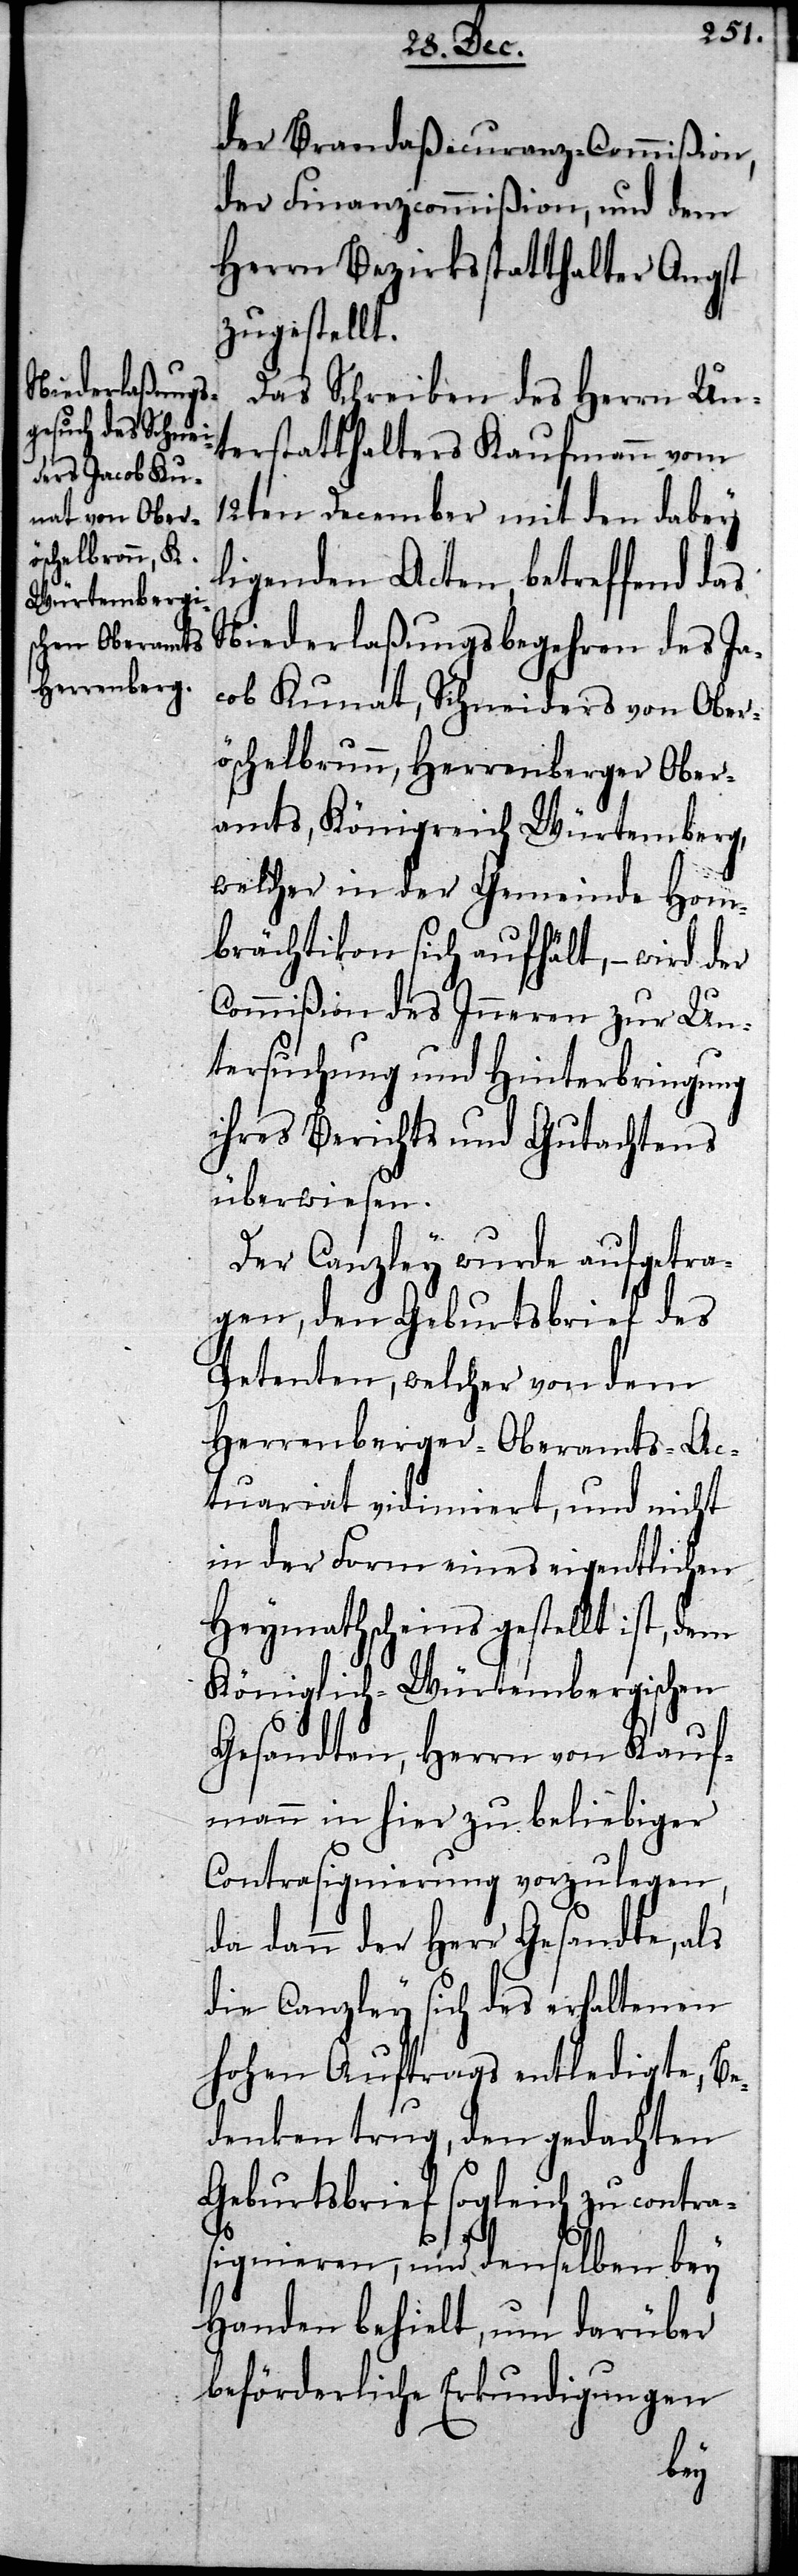
öschelbrunn
Herrenberger

der Brandaßecuranz-Commißion,
der Finanzcommißion, und dem
Herrn Bezirksstatthalter Angst
zugestellt.
Das Schreiben des Herrn Un¬
terstatthalters Kaufmann vom
12ten December mit den dabey
ligenden Acten, betreffend das
Niederlaßungsbegehren des Ja¬
cob Kunat, Schneiders von Ober¬
ramts, Königreich Würtemberg,
welcher in der Gemeinde Hom¬
brächtikon sich aufhält, – wird der
Commißion des Inneren zur Un¬
tersuchung und Hinterbringung
ihres Berichts und Gutachtens
überwiesen.
Der Canzley wurde aufgetra¬
gen, den Geburtsbrief des
Petenten, welcher von dem
Herrenberger Oberamts-Ac¬
tuariat vidimiert, und nicht
in der Form eines eigentlichen
Heymathscheins gestellt ist, dem
Königlich-Würtembergischen
Gesandten, Herrn von Kauf¬
mann in hier, zu beliebiger
Contrasignierung vorzulegen,
da dann der Herr Gesandte, als
die Canzley sich des erhaltenen
hohen Auftrags entledigte, Be¬
denken trug, den gedachten
Geburtsbrief sogleich zu contr¬
asignieren, und denselben bey
Handen behielt, um darüber
beförderliche Erkundigungen
Obe¬